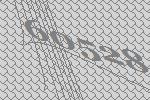
60528